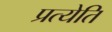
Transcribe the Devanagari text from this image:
प्रत्येति